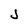
Character: j